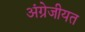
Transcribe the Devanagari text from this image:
अंग्रेजीयत